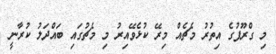
މި ގްރޫޕުގެ އިތުރު މެޗެއް މިރޭ ކުޅެވޭއިރު މި މެޗުގައި ބައްދަލު ކުރާނީ